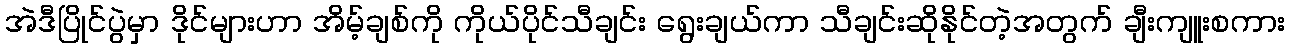
အဲဒီပြိုင်ပွဲမှာ ဒိုင်များဟာ အိမ့်ချစ်ကို ကိုယ်ပိုင်သီချင်း ရွေးချယ်ကာ သီချင်းဆိုနိုင်တဲ့အတွက် ချီးကျူးစကား